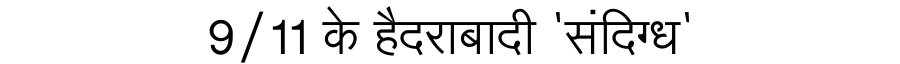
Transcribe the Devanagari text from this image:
9/11 के हैदराबादी 'संदिग्ध'